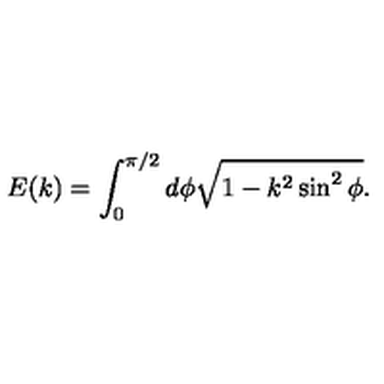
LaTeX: E ( k ) = \int _ { 0 } ^ { \pi / 2 } d \phi \sqrt { 1 - k ^ { 2 } \sin ^ { 2 } \phi } .